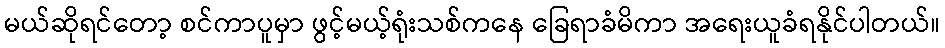
မယ်ဆိုရင်တော့ စင်ကာပူမှာ ဖွင့်မယ့်ရုံးသစ်ကနေ ခြေရာခံမိကာ အရေးယူခံရနိုင်ပါတယ်။